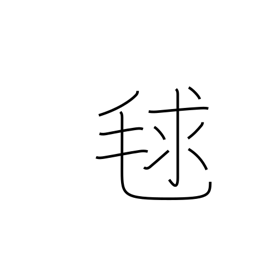
Meaning: burr